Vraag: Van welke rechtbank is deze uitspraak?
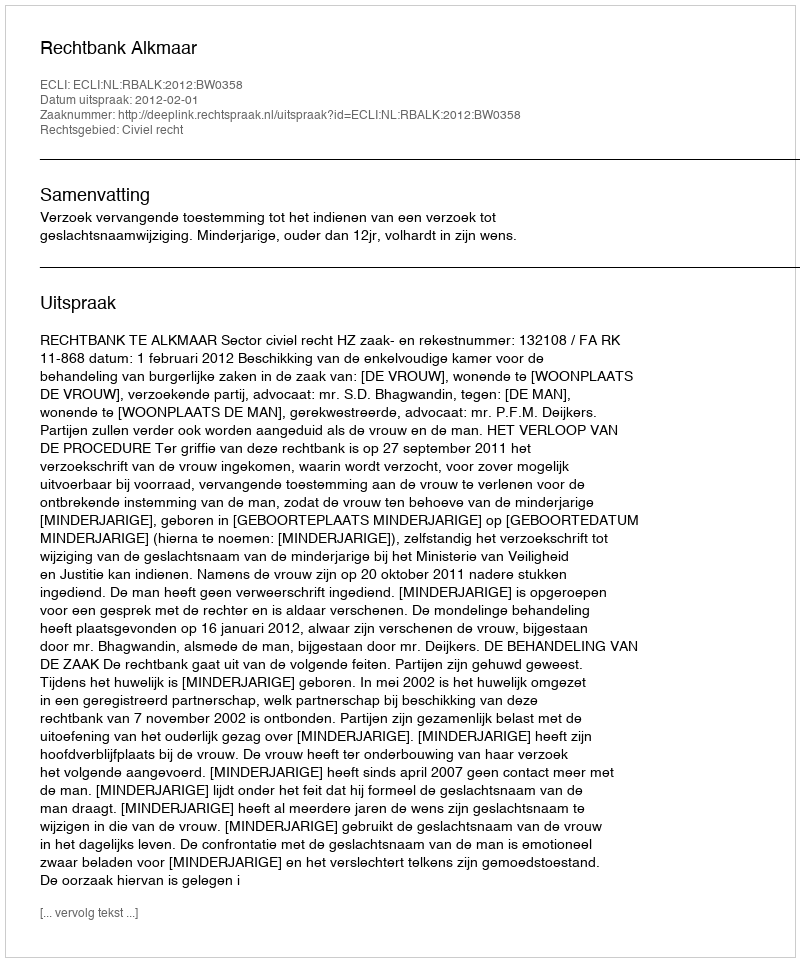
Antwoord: Rechtbank Alkmaar